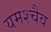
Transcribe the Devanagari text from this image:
यमश्चैव